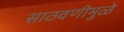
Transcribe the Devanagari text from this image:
साठवणीमुळे